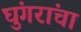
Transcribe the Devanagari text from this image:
घुंगरांचा